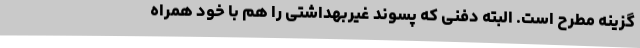
گزینه مطرح است. البته دفنی که پسوند غیربهداشتی را هم با خود همراه